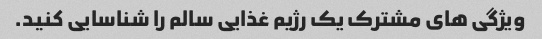
ویژگی های مشترک یک رژیم غذایی سالم را شناسایی کنید.